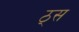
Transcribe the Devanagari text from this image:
ठ्स